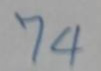
74